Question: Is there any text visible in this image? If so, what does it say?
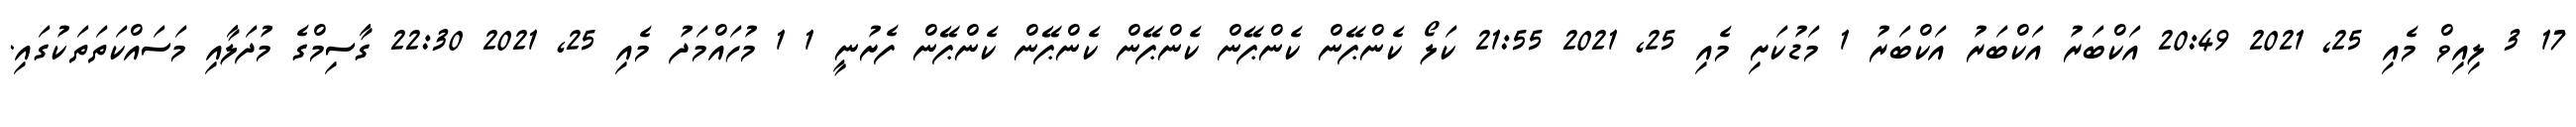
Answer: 17 3 ލިއިވް މެއި 25, 2021 20:49 އަކްބަރު އަކްބަރު އަކްބަރު 1 މަޑުކަށި މެއި 25, 2021 21:55 ކަލޯ ކެންޕޭން ކެންޕޭން ކެންޕޭން ކެންޕޭން ކެންޕޭން ފެށުނީ 1 1 މުހައްމަދު މެއި 25, 2021 22:30 ގާސިމްގެ މުދަލާއި މަސައްކަތަތަކުގައި.